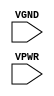
module sky130_fd_sc_hs__tapmet1 (
    VGND,
    VPWR
);

    // Module ports
    input VGND;
    input VPWR;
     // No contents.
endmodule